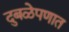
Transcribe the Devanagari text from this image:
दुबळेपणात